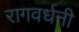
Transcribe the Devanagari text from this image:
रागवर्धनी